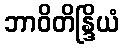
ဘာဝိတိန္ဒြိယံ